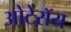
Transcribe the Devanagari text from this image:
ओटेरॉय